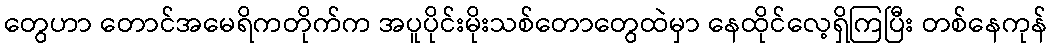
တွေဟာ တောင်အမေရိကတိုက်က အပူပိုင်းမိုးသစ်တောတွေထဲမှာ နေထိုင်လေ့ရှိကြပြီး တစ်နေကုန်